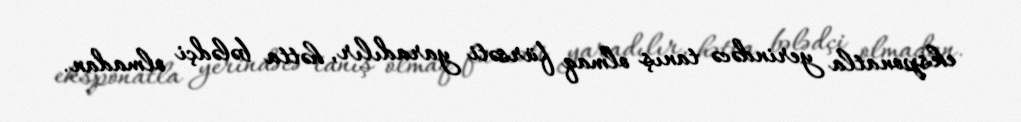
eksponatla yerindəcə tanış olmaq fürsəti yaradılır, hətta bələdçi olmadan.